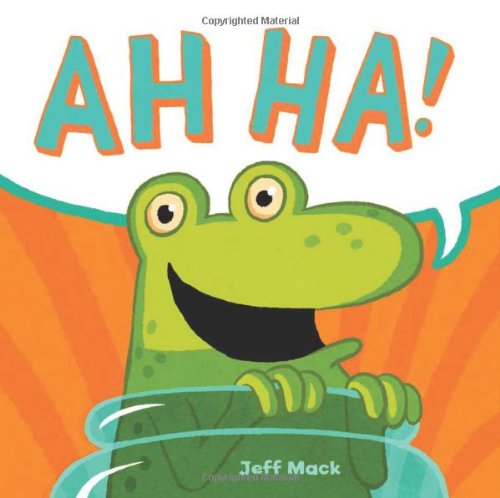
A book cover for Ah Ha!; Jeff Mack; Children's Books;